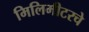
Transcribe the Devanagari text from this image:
मिलिमीटरचे